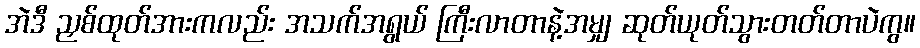
အဲဒီ ညှစ်ထုတ်အားကလည်း အသက်အရွယ် ကြီးလာတာနဲ့အမျှ ဆုတ်ယုတ်သွားတတ်တာပဲကွ။